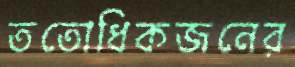
ততোধিকজনের